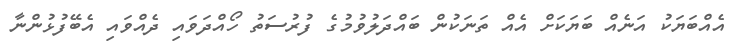
އެއްބަޔަކު އަނެއް ބަޔަކަށް އެއް ތަނަކުން ބައްދަލުވުމުގެ ފުރުސަތު ހޯއްދަވައި ދެއްވައި އެބޭފުޅުންނާ